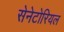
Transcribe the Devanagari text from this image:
सेनेटोरियल